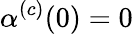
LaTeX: \alpha^{(c)}(0)=0